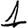
Digit: 1